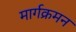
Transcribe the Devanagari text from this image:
मार्गक्रमन